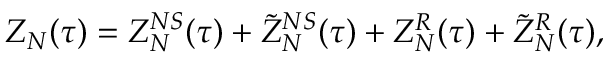
Z _ { N } ( \tau ) = Z _ { N } ^ { N S } ( \tau ) + \tilde { Z } _ { N } ^ { N S } ( \tau ) + Z _ { N } ^ { R } ( \tau ) + \tilde { Z } _ { N } ^ { R } ( \tau ) ,